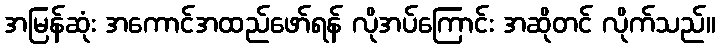
အမြန်ဆုံး အကောင်အထည်ဖော်ရန် လိုအပ်ကြောင်း အဆိုတင် လိုက်သည်။